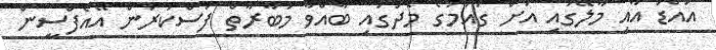
އައްޑު އާއި މާލޭގައި އަށް ގައުމުގެ މެދުގައި ބާއްވާ މުބާރާތް ފަސްކުރަން އޭއެފްސީން